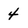
Character: 4